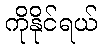
ကိုနိုင်ရယ်